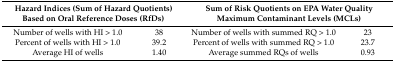
| <COLSPAN=2> Hazard Indices (Sum of Hazard Quotients) Based on Oral Reference Doses (RfDs) | <COLSPAN=2> Sum of Risk Quotients on EPA Water Quality Maximum Contaminant Levels (MCLs) |
 | --- | --- | --- | --- |
 | Number of wells with HI > 1.0 | 38 | Number of wells with summed RQ > 1.0 | 23 |
 | Percent of wells with HI > 1.0 | 39.2 | Percent of wells with summed RQ > 1.0 | 23.7 |
 | Average HI of wells | 1.40 | Average summed RQs of wells | 0.93 |